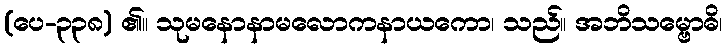
(ပေ-၃၃၈) ၏။ သုမနောနာမလောကနာယကော၊ သည်။ အဘိသမ္ဗောဓိ၊